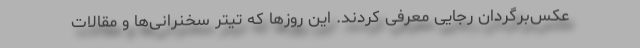
عکس‌برگردان رجایی معرفی کردند. این روزها که تیتر سخنرانی‌ها و مقالات